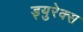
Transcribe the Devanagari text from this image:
ड्युरेक्स